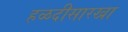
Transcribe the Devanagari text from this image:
हळदीसारखा